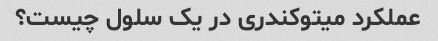
عملکرد میتوکندری در یک سلول چیست؟